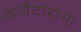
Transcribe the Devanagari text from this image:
कर्जदारांना